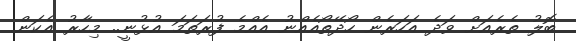
ބޮލު ތެރެއަށް ވަދެ އަހަރެން ހޯދޭތޯއެއްނު އެއްމެ ފުރަތަމަ އުޅުނީ.. މިހާރު އެކަން